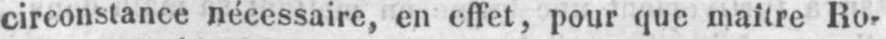
circonstance nécessaire, en effet, pour que maître Ro-